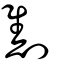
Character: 劁